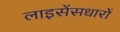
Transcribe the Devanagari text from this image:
लाइसेंसधारों